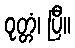
ဝုတ္တံ၊ ပြီ။